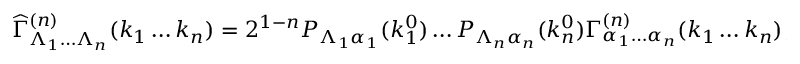
{ \widehat \Gamma } _ { \Lambda _ { 1 } \dots \Lambda _ { n } } ^ { ( n ) } ( k _ { 1 } \dots k _ { n } ) = 2 ^ { 1 - n } P _ { \Lambda _ { 1 } \alpha _ { 1 } } ( k _ { 1 } ^ { 0 } ) \dots P _ { \Lambda _ { n } \alpha _ { n } } ( k _ { n } ^ { 0 } ) \Gamma _ { \alpha _ { 1 } \dots \alpha _ { n } } ^ { ( n ) } ( k _ { 1 } \dots k _ { n } ) \, ,